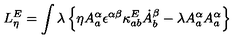
L _ { \eta } ^ { E } = \int \lambda \left\{ \eta A _ { a } ^ { \alpha } \epsilon ^ { \alpha \beta } \kappa _ { a b } ^ { E } \dot { A } _ { b } ^ { \beta } - \lambda A _ { a } ^ { \alpha } A _ { a } ^ { \alpha } \right\}